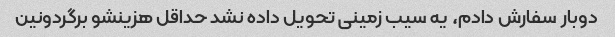
دوبار سفارش دادم، یه سیب زمینی تحویل داده نشد حداقل هزینشو برگردونین